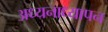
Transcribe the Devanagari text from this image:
अध्यनाध्यापन